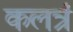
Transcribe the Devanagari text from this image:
कलत्रं